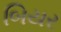
બિયર